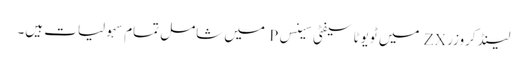
لینڈ کروزر ZX میں ٹویوٹا سیفٹی سینس P میں شامل تمام سہولیات ہیں۔